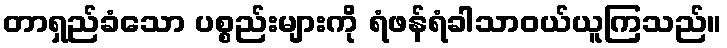
တာရှည်ခံသော ပစ္စည်းများကို ရံဖန်ရံခါသာဝယ်ယူကြသည်။